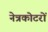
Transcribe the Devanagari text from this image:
नेत्रकोटरों